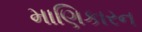
માણિકારન